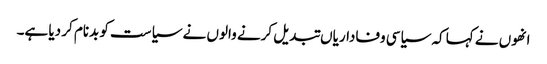
انھوں نے کہا کہ سیاسی وفاداریاں تبدیل کرنے والوں نے سیاست کو بدنام کر دیا ہے۔